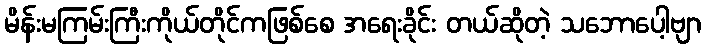
မိန်းမကြမ်းကြီးကိုယ်တိုင်ကဖြစ်စေ အရေးခိုင်း တယ်ဆိုတဲ့ သဘောပေါ့ဗျာ